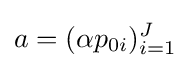
a=(\alpha p_{0i})_{i=1}^{J}